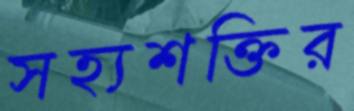
সহ্যশক্তির